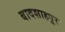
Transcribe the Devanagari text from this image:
बादशाहपूर